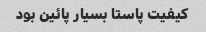
کیفیت پاستا بسیار پائین بود